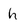
Character: h